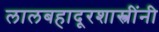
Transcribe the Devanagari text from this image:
लालबहादूरशास्त्रींनी